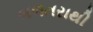
બળતરાથી